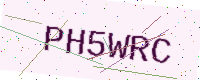
Text: PH5WRC